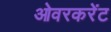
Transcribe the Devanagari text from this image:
ओवरकरेंट